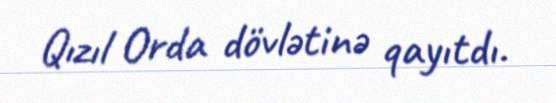
Qızıl Orda dövlətinə qayıtdı.